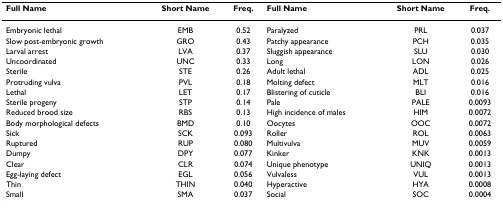
| Full Name | Short Name | Freq. | Full Name | Short Name | Freq. |
 | --- | --- | --- | --- | --- | --- |
 | Embryonic lethal | EMB | 0.52 | Paralyzed | PRL | 0.037 |
 | Slow post-embryonic growth | GRO | 0.43 | Patchy appearance | PCH | 0.035 |
 | Larval arrest | LVA | 0.37 | Sluggish appearance | SLU | 0.030 |
 | Uncoordinated | UNC | 0.33 | Long | LON | 0.026 |
 | Sterile | STE | 0.26 | Adult lethal | ADL | 0.025 |
 | Protruding vulva | PVL | 0.18 | Molting defect | MLT | 0.016 |
 | Lethal | LET | 0.17 | Blistering of cuticle | BLI | 0.016 |
 | Sterile progeny | STP | 0.14 | Pale | PALE | 0.0093 |
 | Reduced brood size | RBS | 0.13 | High incidence of males | HIM | 0.0072 |
 | Body morphological defects | BMD | 0.10 | Oocytes | OOC | 0.0072 |
 | Sick | SCK | 0.093 | Roller | ROL | 0.0063 |
 | Ruptured | RUP | 0.080 | Multivulva | MUV | 0.0059 |
 | Dumpy | DPY | 0.077 | Kinker | KNK | 0.0013 |
 | Clear | CLR | 0.074 | Unique phenotype | UNIQ | 0.0013 |
 | Egg-laying defect | EGL | 0.056 | Vulvaless | VUL | 0.0013 |
 | Thin | THIN | 0.040 | Hyperactive | HYA | 0.0008 |
 | Small | SMA | 0.037 | Social | SOC | 0.0004 |